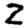
Digit: 2